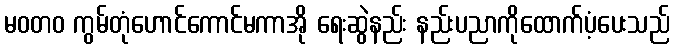
မဝတ၀ ကွမ်တုံဟောင်ကောင်မကာအို ရေးဆွဲနည်း နည်းပညာကိုထောက်ပံ့ပေးသည်